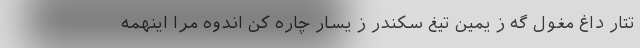
تتار داغ مغول گه ز یمین تیغ سکندر ز یسار چاره کن اندوه مرا اینهمه